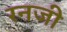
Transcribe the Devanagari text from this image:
रनजी